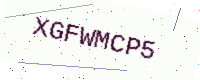
Text: XGFWMCP5